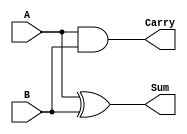
module halfAdder(A, B, Sum , Carry); 
input A, B; 
output Sum , Carry; 

xor a1(Sum , A, B); 
and a2(Carry, A, B); 

endmodule

module test;
reg A, B; 
wire Sum, Carry; 
halfAdder i(A, B, Sum, Carry); 
initial 
begin
    A = 1'b0; B = 1'b0;  
    $monitor("Time= %0t , A = %b , B = %b , Sum = %b , Carry = %b" , $time, A, B, Sum , Carry); 
   #5 A = 1'b0; B = 1'b0;  
   #5 A = 1'b0; B = 1'b1;  
   #5 A = 1'b1; B = 1'b0;  
   #5 A = 1'b1; B = 1'b1;
end
endmodule